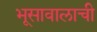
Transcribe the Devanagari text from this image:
भूसावालाची